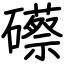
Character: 礤